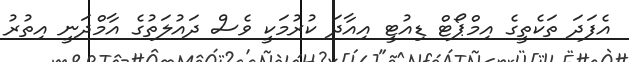
އެފަދަ ތަކެތީގެ އިމްޕޯޓް ޑިއުޓީ އިއާދަ ކުރުމަކީ ވެސް ދައުލަތުގެ އާމްދަނީ އިތުރު